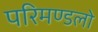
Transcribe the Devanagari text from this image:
परिमण्डलो